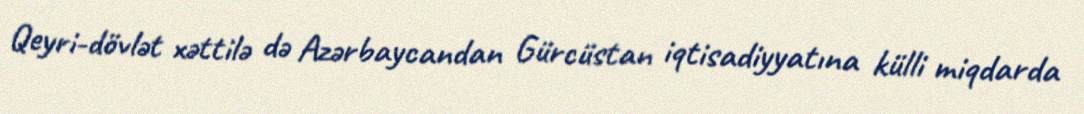
Qeyri-dövlət xəttilə də Azərbaycandan Gürcüstan iqtisadiyyatına külli miqdarda